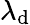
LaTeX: \lambda_{\mathrm{d}}